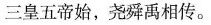
三皇五帝始，尧舜禹相传。